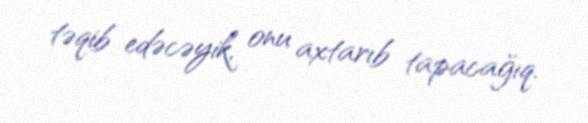
təqib edəcəyik, onu axtarıb tapacağıq.